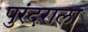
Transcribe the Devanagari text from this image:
पुरंदराला